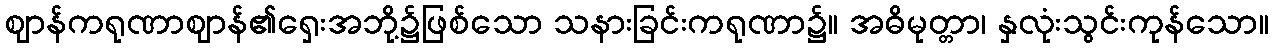
ဈာန်ကရုဏာဈာန်၏ရှေးအဘို့၌ဖြစ်သော သနားခြင်းကရုဏာ၌။ အဓိမုတ္တာ၊ နှလုံးသွင်းကုန်သော။